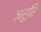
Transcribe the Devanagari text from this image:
जरुरि